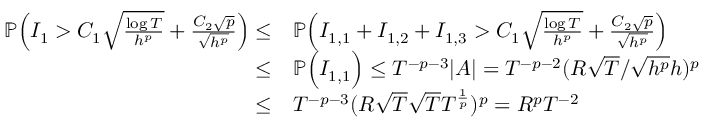
\begin{array} { r l } { \mathbb { P } \Big ( I _ { 1 } > C _ { 1 } \sqrt { \frac { \log T } { h ^ { p } } } + \frac { C _ { 2 } \sqrt { p } } { \sqrt { h ^ { p } } } \Big ) \le } & { \mathbb { P } \Big ( I _ { 1 , 1 } + I _ { 1 , 2 } + I _ { 1 , 3 } > C _ { 1 } \sqrt { \frac { \log T } { h ^ { p } } } + \frac { C _ { 2 } \sqrt { p } } { \sqrt { h ^ { p } } } \Big ) } \\ { \le } & { \mathbb { P } \Big ( I _ { 1 , 1 } \Big ) \le T ^ { - p - 3 } | A | = T ^ { - p - 2 } ( R \sqrt { T } / \sqrt { h ^ { p } } h ) ^ { p } } \\ { \le } & { T ^ { - p - 3 } ( R \sqrt { T } \sqrt { T } T ^ { \frac { 1 } { p } } ) ^ { p } = R ^ { p } T ^ { - 2 } } \end{array}